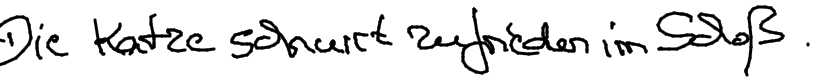
Die Katze schnurrt zufrieden im Schoß.